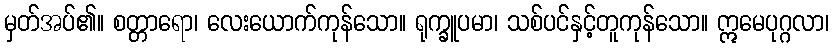
မှတ်အပ်၏။ စတ္တာရော၊ လေးယောက်ကုန်သော။ ရုက္ခူပမာ၊ သစ်ပင်နှင့်တူကုန်သော။ ဣမေပုဂ္ဂလာ၊